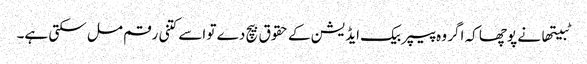
ٹبیتھا نے پوچھا کہ اگر وہ پیپر بیک ایڈیشن کے حقوق بیچ دے تو اسے کتنی رقم مل سکتی ہے۔